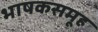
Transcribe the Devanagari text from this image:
भाषकसमूह